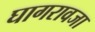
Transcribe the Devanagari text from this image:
घागरावजा